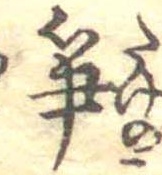
筍